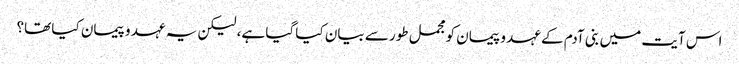
اس آیت میں بنی آدم کے عہد و پیمان کو مجمل طور سے بیان کیا گیا ہے، لیکن یہ عہد و پیمان کیا تھا؟